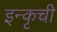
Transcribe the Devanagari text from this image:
इन्कृची